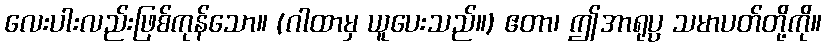
လေးပါးလည်းဖြစ်ကုန်သော။ (ဂါထာမှ ယူပေးသည်။) ဧတာ၊ ဤအာရုပ္ပ သမာပတ်တို့ကို။